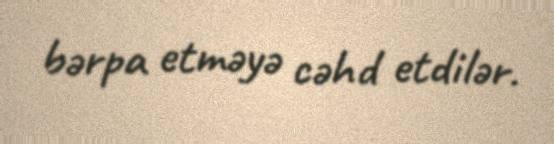
bərpa etməyə cəhd etdilər.